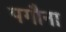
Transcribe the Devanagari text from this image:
पगौना